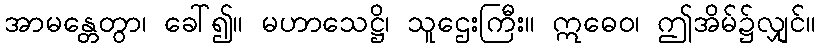
အာမန္တေတွာ၊ ခေါ်၍။ မဟာသေဋ္ဌိ၊ သူဌေးကြီး။ ဣဓေဝ၊ ဤအိမ်၌လျှင်။